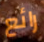
رائع